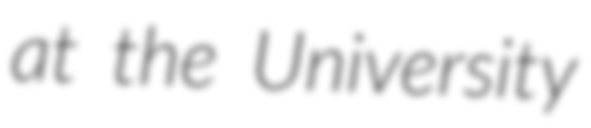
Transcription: at the University